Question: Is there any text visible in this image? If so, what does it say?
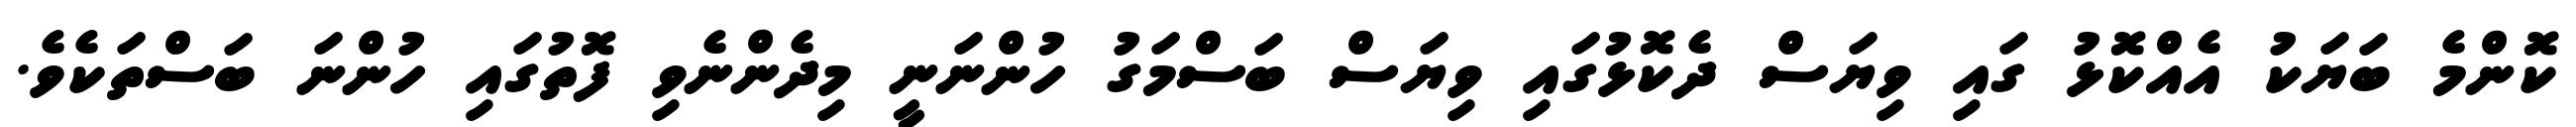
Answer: ކޮންމެ ބަޔަކު އެއްކޮޅު ގައި ވިޔަސް ދެކޮޅުގައި ވިޔަސް ބަސްމަގު ހުންނަނީ މިދެންނެވި ފޮތުގައި ހުންނަ ބަސްތަކެވެ.